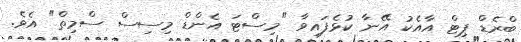
ބްރެޑް ޕިޓް އާއެކު އޭނާ ކުޅެފައިވާ "މިސްޓަ އެންޑް މިސިސް ސްމިތް" އެވެ.